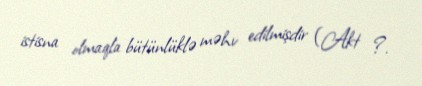
istisna olmaqla bütünlüklə məhv edilmişdir (Akt ?.